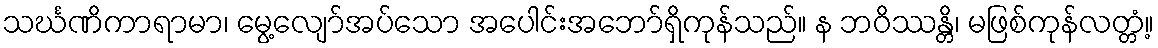
သင်္ဃဏိကာရာမာ၊ မွေ့လျော်အပ်သော အပေါင်းအဘော်ရှိကုန်သည်။ န ဘဝိဿန္တိ၊ မဖြစ်ကုန်လတ္တံ့။